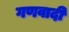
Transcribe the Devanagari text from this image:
गणवादी